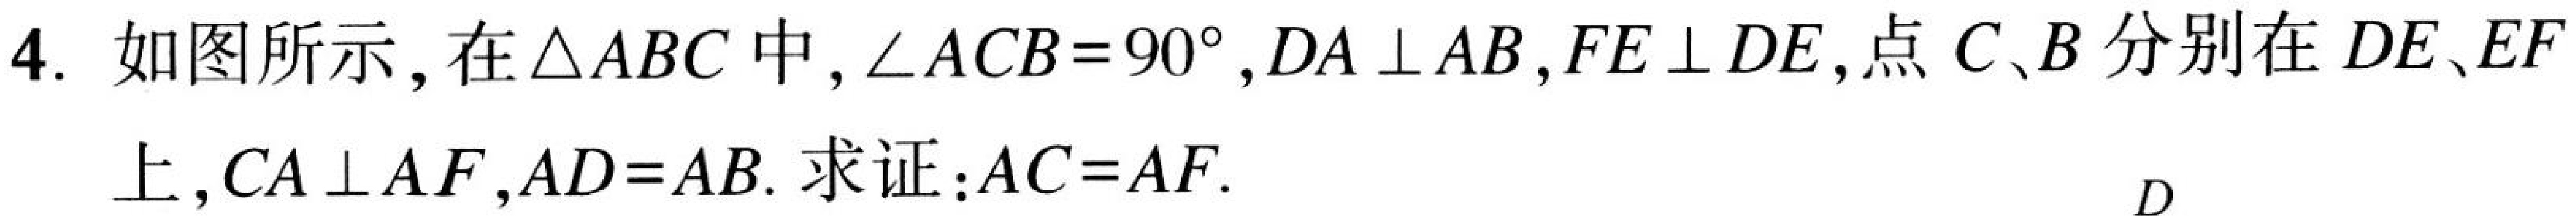
4. 如图所示，在\(\triangle ABC\)中，\(\angle ACB = 90^{\circ}\)，\(DA\perp AB\)，\(FE\perp DE\)，点\(C、B\)分别在\(DE、EF\)上，\(CA\perp AF\)，\(AD = AB\). 求证：\(AC = AF\).